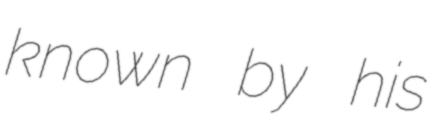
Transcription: known by his